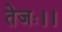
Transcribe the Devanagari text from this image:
तेजः।।